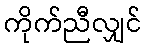
ကိုက်ညီလျှင်